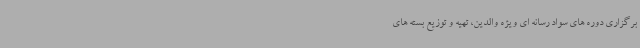
برگزاری دوره های سواد رسانه ای ویژه والدین، تهیه و توزیع بسته های